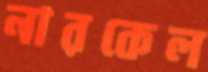
নারকেল